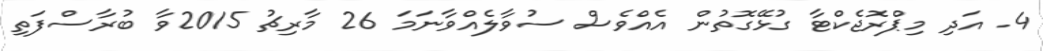
4. އަދި މިޕްރޮޖެކްޓާ ގުޅޭގޮތުން އެއްވެސް ސުވާލެއްވާނަމަ 26 މާރިޗު 2015ވާ ބުރާސްފަތި